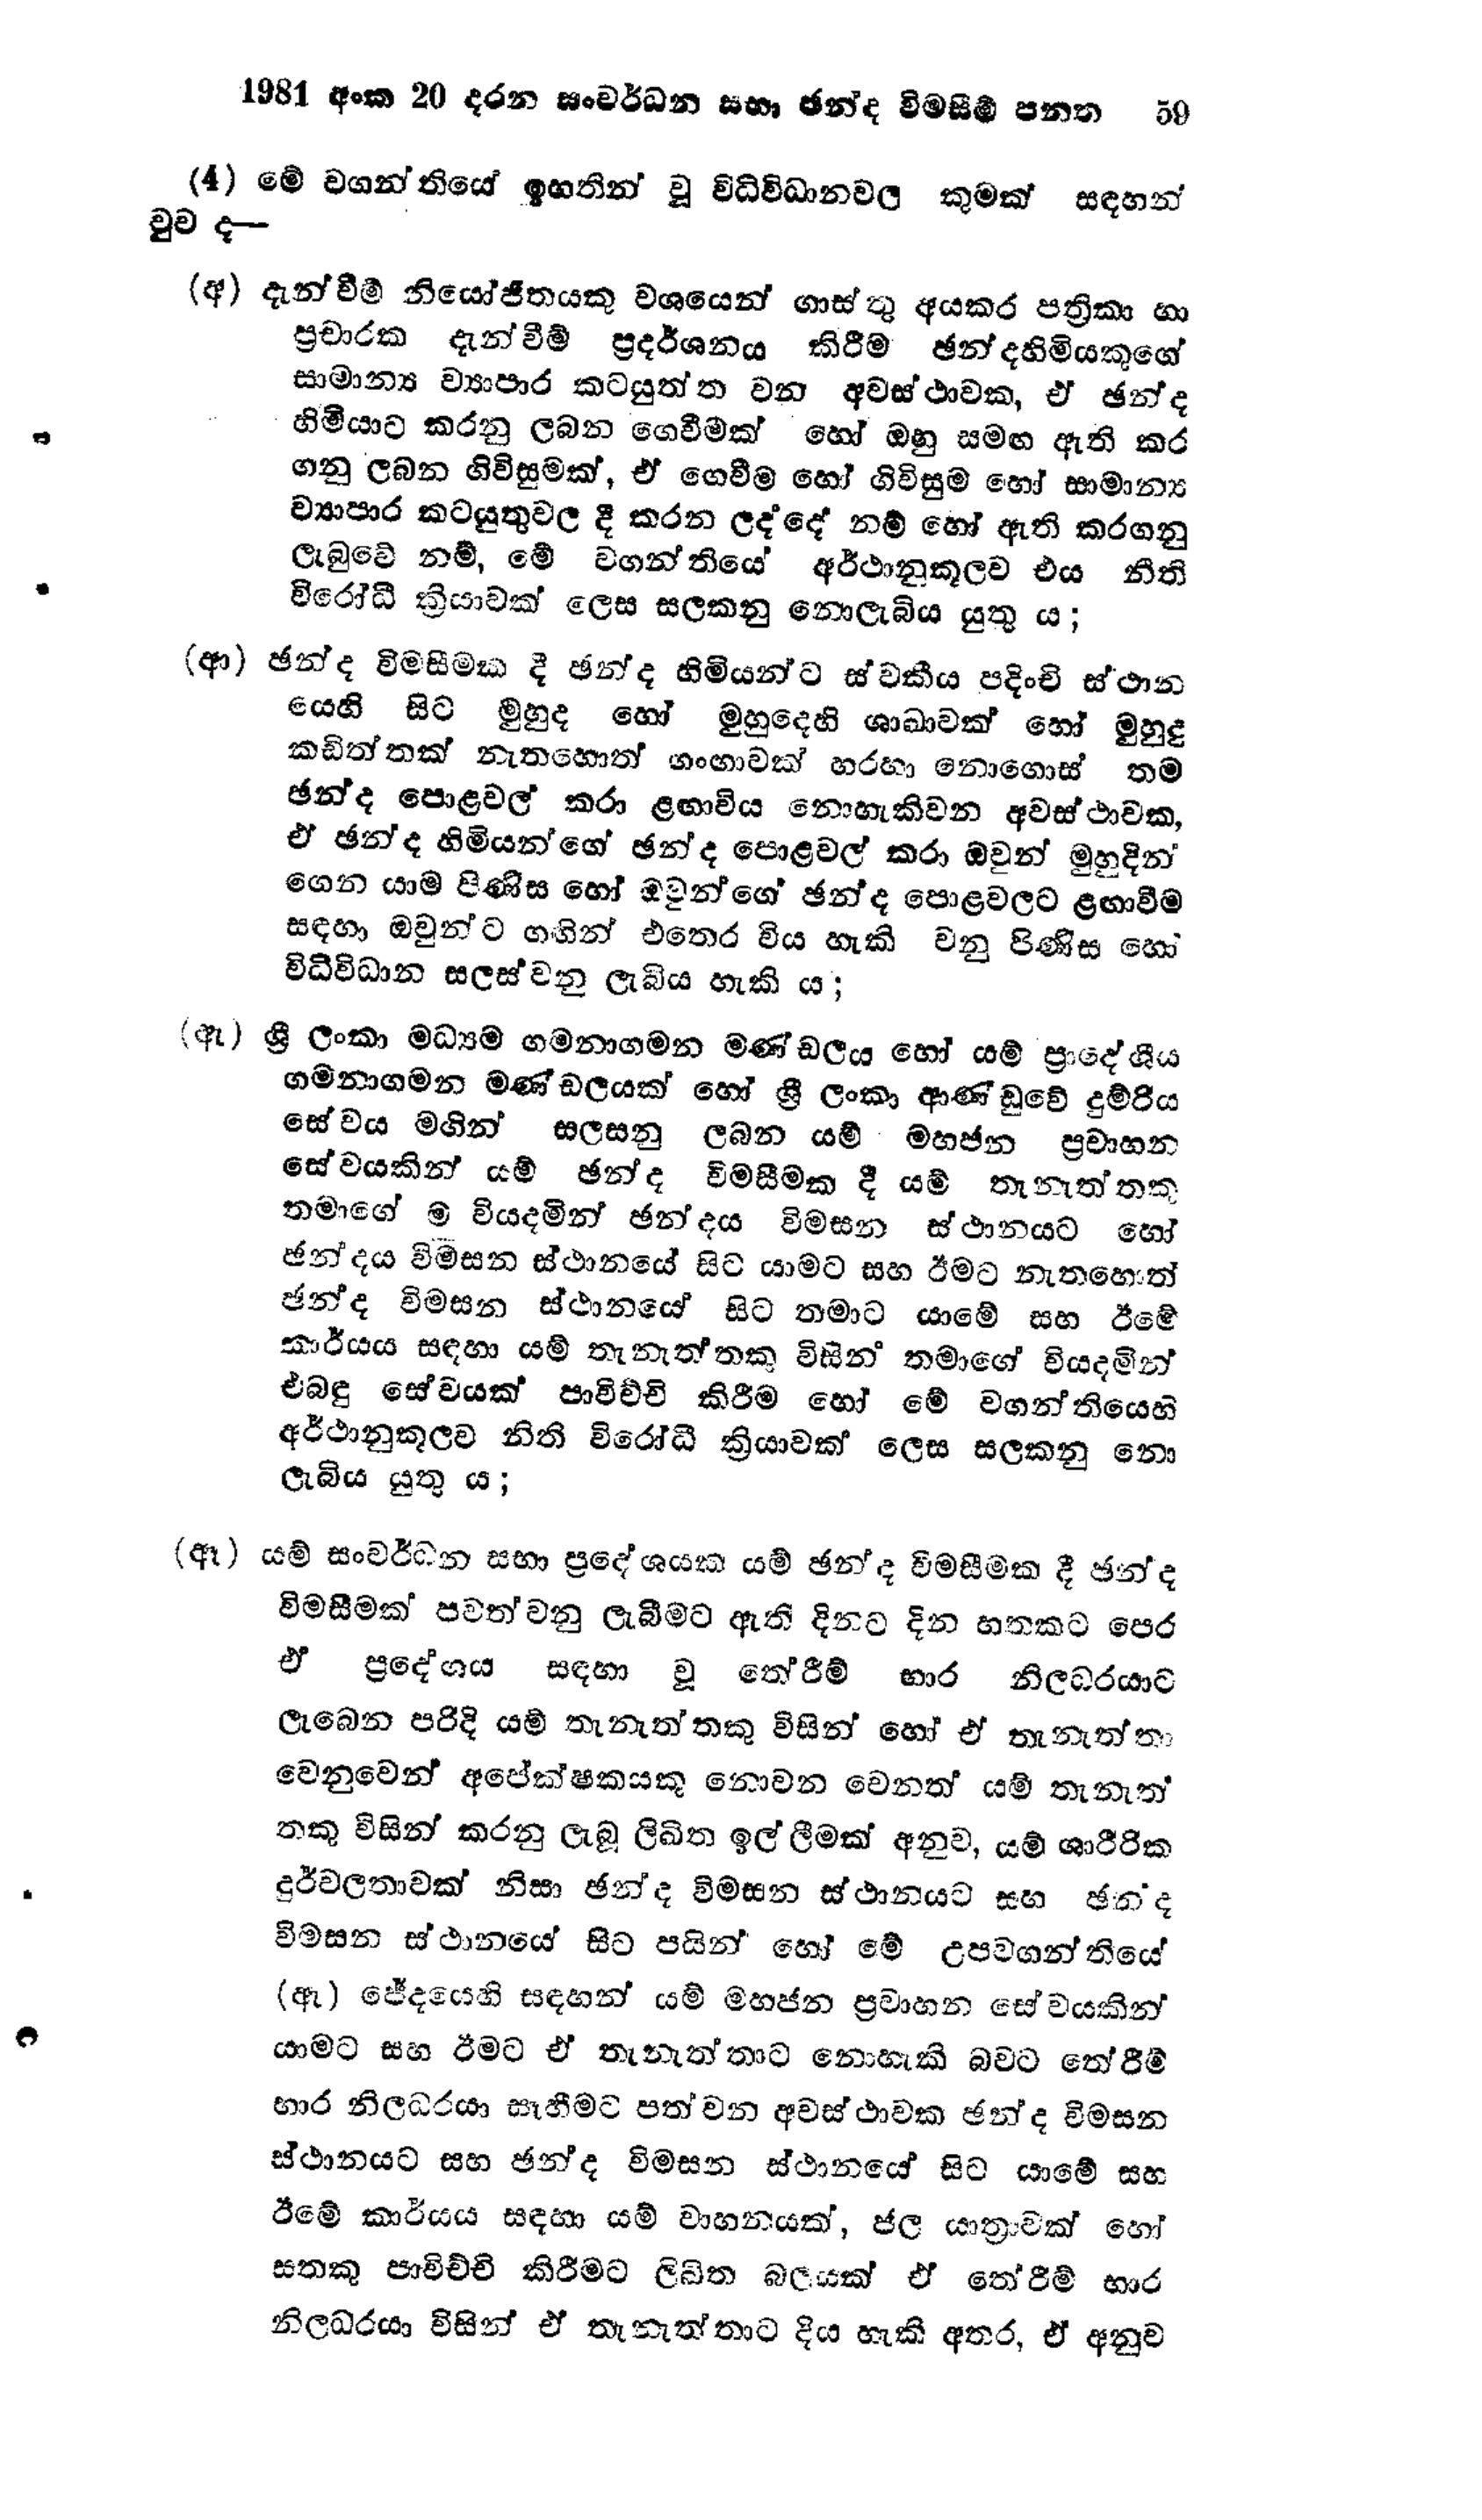
1981 අංක 20 දරන සංවර්ධන සභා ඡන්ද විමසීම් පනත  59

(4)මේ වගන්තියේ ඉහතින් වූ විධිවිධාන වල කුමක් සඳහන්
වුව ද —

(අ) දැන්වීම් නියෝජිතයකු වශයෙන් ගාස්තු අයකර පත්‍රිකා හා
ප්‍රචාරක දැන්වීම් ප්‍රදර්ශනය කිරීම ඡන්දහිමියකුගේ
සාමාන්‍ය ව්‍යාපාර කටයුත්ත වන අවස් ථාවක, ඒ ඡන්ද
හිමියාට කරනු ලබන ගෙවීමක් හෝ ඔහු සමඟ ඇති කර
ගනු ලබන ගිවිසුමක්, ඒ ගෙවීම හෝ ගිවිසුම හෝ සාමාන්‍ය
ව්‍යාපාර කටයුතුවල දී කරන ලද්දේ නම් හෝ ඇති කරගනු
ලැබුවේ නම්, මේ වගන්තියේ අර්ථානුකූලව එය නීති
විරෝධී ක්‍රියාවක් ලෙස සලකනු නොලැබිය යුතු ය;

(ආ) ඡන්ද විමසීමක දී ඡන්ද හිමියන්ට ස්වකීය පදිංචි ස්ථාන
යෙහි සිට මුහුද හෝ මුහුදෙහි ශාඛාවක් හෝ මුහුදු
කඩිත්තක් නැතහොත් ගංඟාවක් හරහා නොගොස් තම
ඡන්ද පොළවල් කරා ළඟාවිය නොහැකි වන අවස්ථාවක,
ඒ ඡන්ද හිමියන්ගේ ඡන්ද පොළවල් කරා ඔවුන් මුහුදින්
ගෙන යාම පිණිස හෝ ඔවුන්ගේ ඡන්ද පොළවලට ළඟාවීම
සඳහා ඔවුන්ට ගඟින් එතෙර විය හැකි වනු පිණිස
විධිවිධාන සලස්වනු ලැබිය හැකි ය;

(ඇ) ශ්‍රී ලංකා මධ්‍යම ගමනාගමන මණ්ඩලය හෝ යම් ප්‍රාදේශීය
ගමනාගමන මණ්ඩලයක් හෝ ශ්‍රී ලංකා ආණ්ඩුවේ දුම්රිය
සේවය මගින් සලසනු ලබන යම් මහජන ප්‍රවාහන
සේවයකින් යම් ඡන්ද විමසීමක දී යම් තැනැත්තකු
තමාගේ ම වියදමින් ඡන්දය විමසන ස්ථානයට හෝ
ඡන්දය විමසන ස්ථානයේ සිට යාමට සහ ඊමට නැතහොත්
ඡන්ද විමසන ස්ථානයේ සිට තමාට යාමේ සහ ඊමේ
කාර්යය සඳහා යම් තැනැත්තකු විසින් තමාගේ වියදමින්
එබඳු සේවයක් පාවිච්චි කිරීම හෝ මේ වගන්තියෙහි
අර්ථානුකූලව නිති විරෝධී ක්‍රියාවක් ලෙස සලකනු නො
ලැබිය යුතු ය;

(ඈ ) යම් සංවර්ධන සභා ප්‍රදේශයක යම් ඡන්ද විමසීමක දී ඡන්ද
විමසීමක් පවත්වනු ලැබීමට ඇති දිනට දින හතකට පෙර
ඒ  ප්‍රදේශය සඳහා වූ තේරීම් භාර නිලබරයාට
ලැබෙන පරිදි යම් තැනැත්තකු විසින් හෝ ඒ තැනැත්තා
වෙනුවෙන් අපේක්ෂකයකු නොවන වෙනත් යම් තැනැත්
තකු විසින් කරනු ලැබූ ලිඛිත ඉල්ලීමක් අනුව, යම් ශාරීරික
දුර්වලතාවක් නිසා ඡන්ද විමසන ස්ථානයට සහ ඡන්ද
විමසන ස්ථානයේ සිට පයින් හෝ මේ උපවගන්තියේ
(ඈ) ජේදයෙහි සඳහන් යම් මහජන ප්‍රවාහන සේවයකින්
යාමට සහ ඊමට ඒ තැනැත්තාට නොහැකි බවට තේරීම්
භාර නිලධරයා සෑහීමට පත්වන අවස්ථාවක ඡන්ද විමසන
ස්ථානයට සහ ඡන්ද විමසන ස්ථානයේ සිට යාමේ සහ
ඊමේ කාර්යය සඳහා යම් වාහනයක්, ජල යාත්‍රාවක් හෝ
සතකු පාවිච්චි කිරීමට ලිඛිත බලයක් ඒ තේරීම් භාර
නිලධරයා විසින් ඒ තැනැත්තාට දිය හැකි අතර, ඒ අනුව